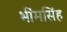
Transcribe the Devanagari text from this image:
भींमसिंह